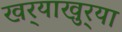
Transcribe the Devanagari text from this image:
खर्‍याखुर्‍या